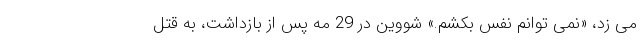
می زد، «نمی توانم نفس بکشم.» شووین در 29 مه پس از بازداشت، به قتل